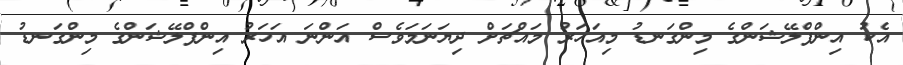
އެކު އިންފްލޭޝަންގެ މިންގަނޑު މިއަހަރު މައްޗަށް ދިޔަނަމަވެސް އަންނަ އަހަރު އިންފްލޭޝަންގެ މިންގަނޑު